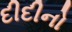
દીદીનો